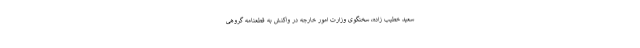
سعید خطیب زاده، سخنگوی وزارت امور خارجه در واکنش به قطعنامه گروهی